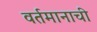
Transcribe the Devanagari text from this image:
वर्तमानाची